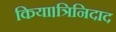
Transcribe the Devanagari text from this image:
किया।त्रिनिदाद